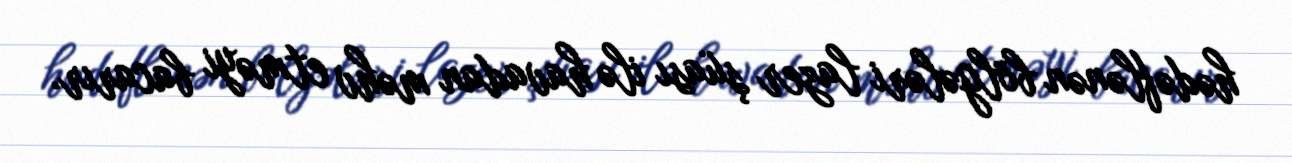
hədəflənən bölgələri lazer şüası ilə havadan məhv etməyi bacarır.